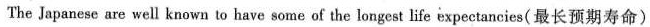
The Japanese are well known to have some of the longest life expectancies(最长预期寿命)